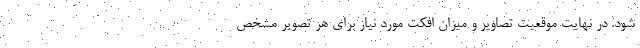
شود. در نهایت موقعیت تصاویر و میزان افکت مورد نیاز برای هر تصویر مشخص